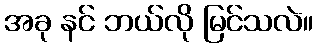
အခု နင် ဘယ်လို မြင်သလဲ။